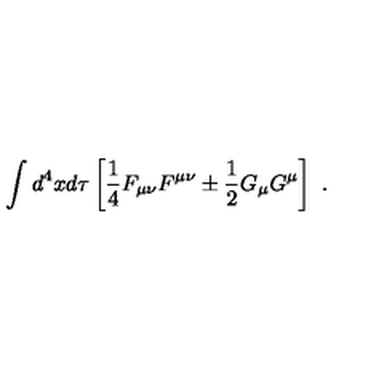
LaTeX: \int d ^ { 4 } x d \tau \left[ \frac 1 4 F _ { \mu \nu } F ^ { \mu \nu } \pm \frac 1 2 G _ { \mu } G ^ { \mu } \right] \ .